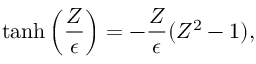
\operatorname { t a n h } \left( \frac { Z } { \epsilon } \right) = - \frac { Z } { \epsilon } ( Z ^ { 2 } - 1 ) ,